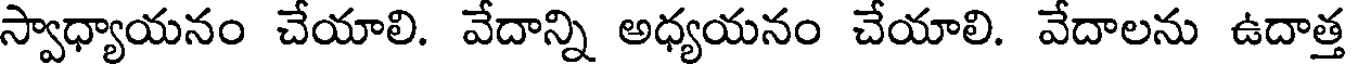
స్వాధ్యాయనం చేయాలి. వేదాన్ని అధ్యయనం చేయాలి. వేదాలను ఉదాత్త